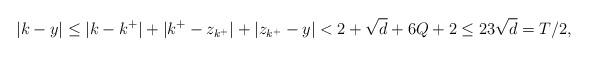
LaTeX: \begin{align*} \lvert k - y \lvert &\leq \lvert k-k^+ \rvert + \lvert k^+ - z_{k^+} \rvert + \lvert z_{k^+} - y \rvert < 2 + \sqrt{d} + 6Q+2 \leq 23\sqrt{d} = T / 2 ,\end{align*}